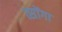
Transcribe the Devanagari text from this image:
त्सोंगा